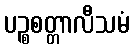
ပဉ္စစတ္တာလီသမံ